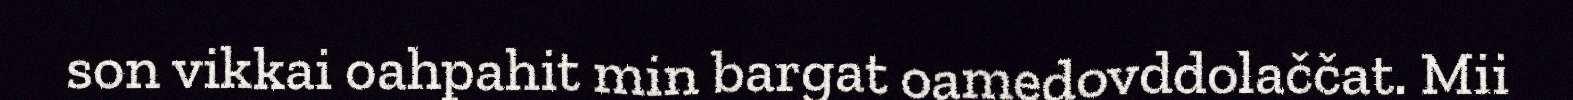
son vikkai oahpahit min bargat oamedovddolaččat. Mii